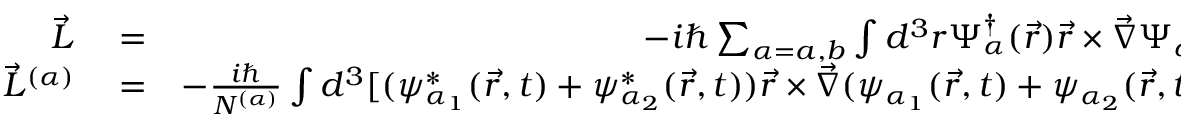
\begin{array} { r l r } { \vec { L } } & { { } = } & { - i \hbar \sum _ { \alpha = a , b } \int d ^ { 3 } r \Psi _ { \alpha } ^ { \dagger } ( \vec { r } ) \vec { r } \times \vec { \nabla } \Psi _ { \alpha } ( \vec { r } ) } \\ { \vec { L } ^ { ( \alpha ) } } & { { } = } & { - \frac { i \hbar } { N ^ { ( \alpha ) } } \int d ^ { 3 } [ ( \psi _ { \alpha _ { 1 } } ^ { * } ( \vec { r } , t ) + \psi _ { \alpha _ { 2 } } ^ { * } ( \vec { r } , t ) ) \vec { r } \times \vec { \nabla } ( \psi _ { \alpha _ { 1 } } ( \vec { r } , t ) + \psi _ { \alpha _ { 2 } } ( \vec { r } , t ) ) ] , } \end{array}